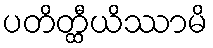
ပတိတ္ထီယိဿာမိ